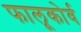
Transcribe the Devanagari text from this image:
फालूकोर्व